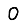
Digit: 0